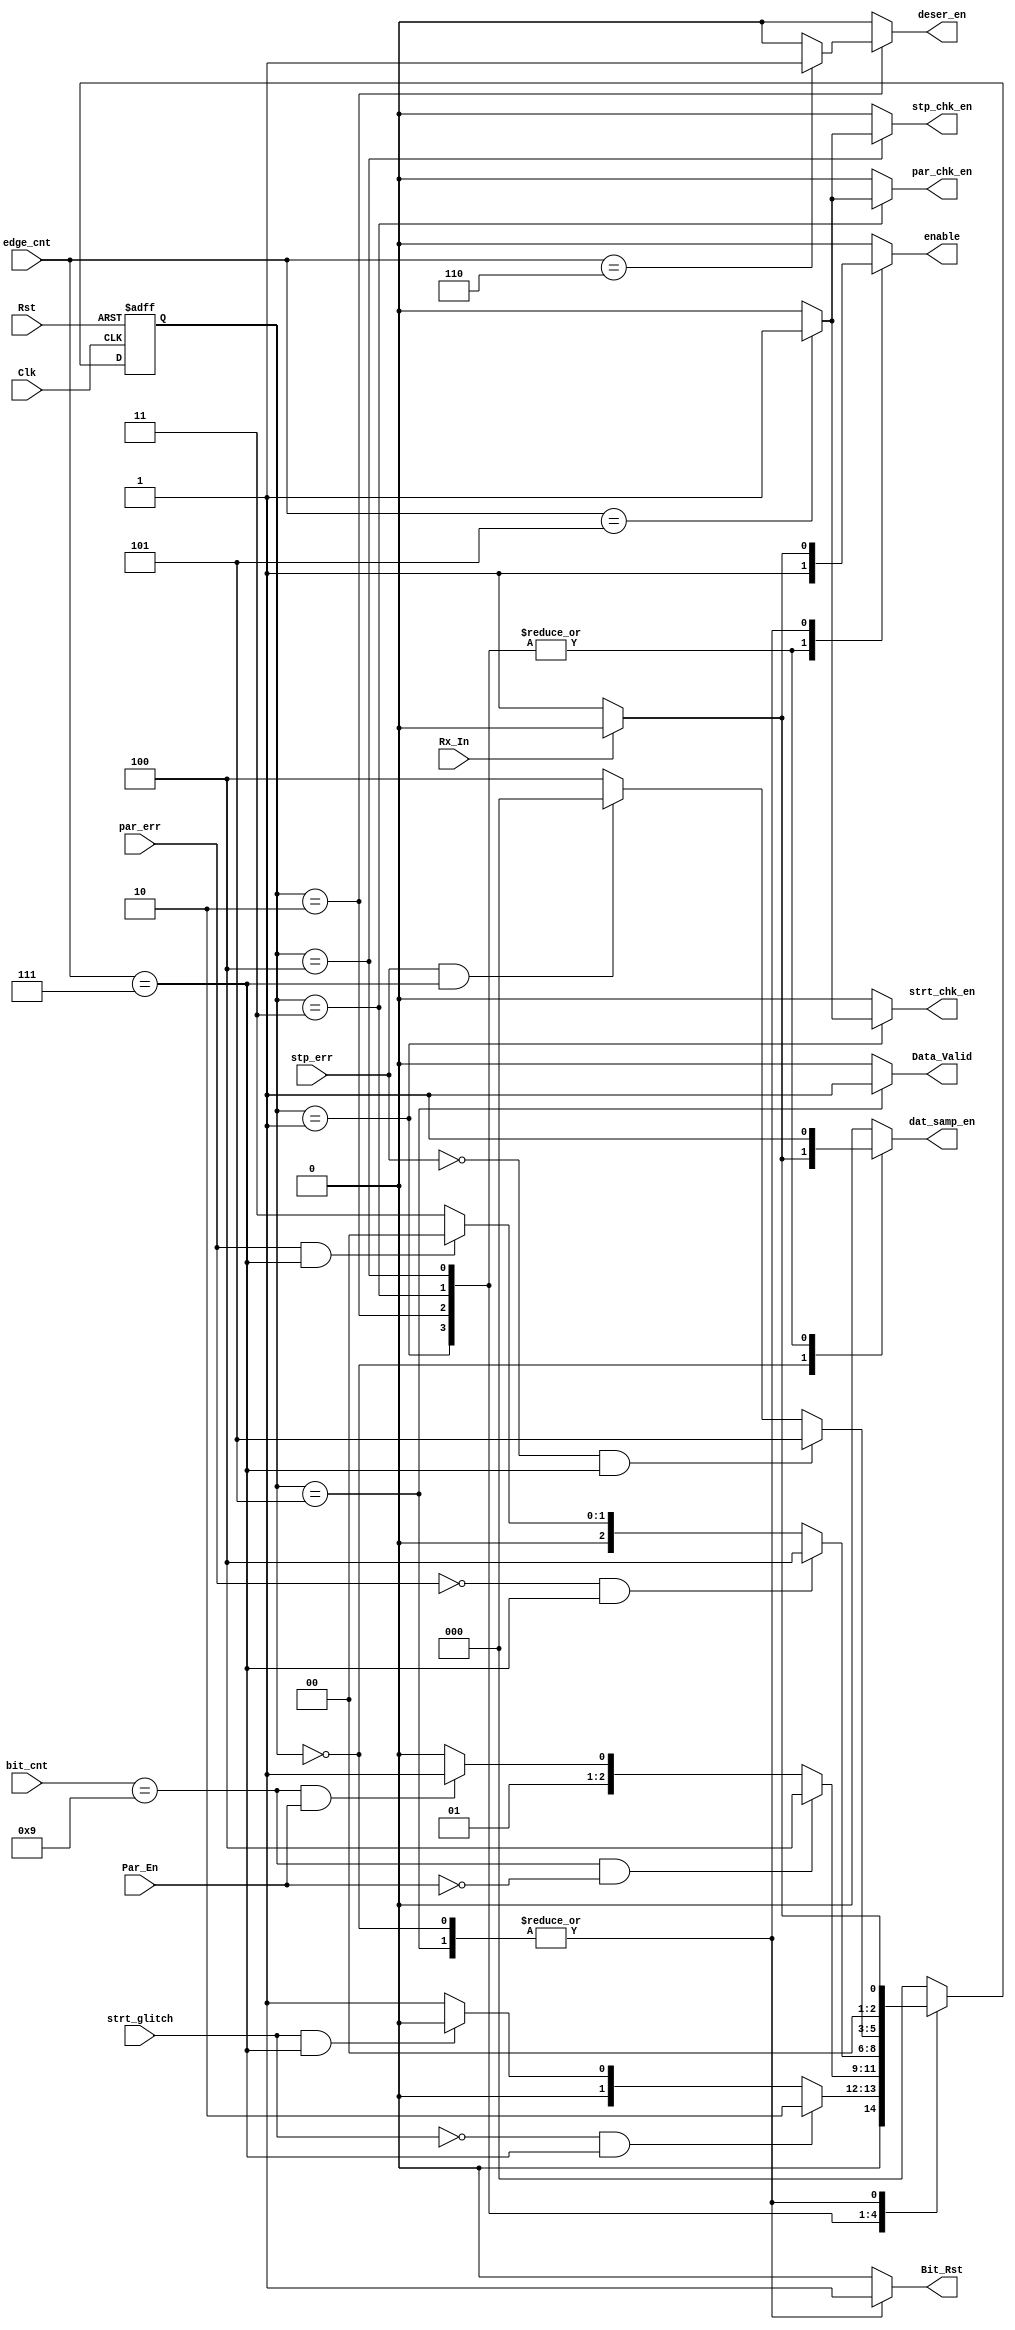
module FSM (
input  wire Clk,
input  wire Rst, 
input  wire Rx_In,
input  wire [2:0] edge_cnt,
input  wire [3:0] bit_cnt,
input  wire stp_err,
input  wire strt_glitch,
input  wire par_err,
input  wire Par_En,
output reg  dat_samp_en,
output reg  enable,
output reg  Bit_Rst,
output reg  deser_en,
output reg  Data_Valid,
output reg  stp_chk_en,
output reg  strt_chk_en,
output reg  par_chk_en
);

localparam IDLE       = 3'b000;
localparam Start      = 3'b001;
localparam Data       = 3'b010;
localparam Parity     = 3'b011;
localparam Stop       = 3'b100;
localparam Valid_Data = 3'b101;

reg [2:0] state , next_state;

always @ (posedge Clk or negedge Rst)
    begin
        if (!Rst)
            state <= IDLE;
        else 
            state <= next_state;
    end 

always @ (*)
    begin
        case (state)    
            IDLE  :     begin
                            if (Rx_In == 0)
                                next_state = Start;
                            else 
                                next_state = IDLE;
                        end
            Start  :    begin
                            if (strt_glitch == 1'b0 && edge_cnt==3'd7)
                                next_state = Data;
                            else if (strt_glitch == 1'b1 && edge_cnt==3'd7)
                                next_state = IDLE;
                            else 
                                next_state = Start;
                        end
            Data   :    begin
                            if (bit_cnt == 4'd9 && Par_En ==0)
                                next_state = Stop;
                            else if (bit_cnt == 4'd9 && Par_En ==1)
                                next_state = Parity;
                            else 
                                next_state = Data;
                        end
            Parity :    begin
                            if (par_err == 1'b0 && edge_cnt==3'd7)
                                next_state = Stop;
                            else if (par_err == 1'b1 && edge_cnt==3'd7)
                                next_state = IDLE;
                            else 
                                next_state = Parity;
                        end
            Stop   :    begin
                            if (stp_err == 1'b0 && edge_cnt==3'd7)
                                next_state = Valid_Data;
                            else if (stp_err == 1'b1 && edge_cnt==3'd7)
                                next_state = IDLE;
                            else 
                                next_state = Stop;
                        end
            Valid_Data:begin
                            if (Rx_In == 1'b0)
                                next_state = Start ;
                            else 
                                next_state = IDLE;
                       end
            default:begin
                            next_state = IDLE;
                    end
        endcase
    end

always @ (*)
    begin
        dat_samp_en = 1'b0;
        enable      = 1'b0;
        Bit_Rst     = 1'b0;
        deser_en    = 1'b0;
        Data_Valid  = 1'b0;
        stp_chk_en  = 1'b0;
        strt_chk_en = 1'b0;
        par_chk_en  = 1'b0;
        case (state)
            IDLE :      begin
                            if (Rx_In == 0)
                                begin
                                    dat_samp_en = 1'b1;
                                    enable      = 1'b1;  
                                    Bit_Rst     = 1'b1;
                                end
                            else
                                begin
                                    dat_samp_en = 1'b0;
                                    enable      = 1'b0;  
                                    Bit_Rst     = 1'b1;
                                end
                        end
            Start  :    begin
                            dat_samp_en = 1'b1;
                            enable      = 1'b1;
                            Bit_Rst     = 1'b0;
                            if (edge_cnt == 3'd5 )
                                strt_chk_en = 1'b1 ;
                            else 
                                strt_chk_en = 1'b0 ;
                        end
            Data   :    begin
                            dat_samp_en = 1'b1;
                            enable      = 1'b1;
                            if (edge_cnt == 3'd6 )
                                deser_en = 1'b1 ;
                            else 
                                deser_en = 1'b0 ;
                        end
            Parity :    begin
                            dat_samp_en = 1'b1;
                            enable      = 1'b1;
                            if (edge_cnt == 3'd5 )
                                par_chk_en  = 1'b1 ;
                            else 
                                par_chk_en  = 1'b0 ;
                        end
            Stop   :    begin
                            dat_samp_en = 1'b1;
                            enable      = 1'b1;
                            if (edge_cnt == 3'd5 )
                                stp_chk_en  = 1'b1 ;
                            else 
                                stp_chk_en  = 1'b0 ;
                        end
            Valid_Data: begin
                            dat_samp_en = 1'b0;
                            Data_Valid  = 1'b1;
                            if (Rx_In == 1'b0)
                                begin
                                    enable      = 1'b1;
                                    Bit_Rst     = 1'b1;
                                end
                            else
                                begin
                                    enable      = 1'b0;
                                    Bit_Rst     = 1'b1;
                                end
                        end
            default   : begin
                            dat_samp_en = 1'b0;
                            enable      = 1'b0;
                            deser_en    = 1'b0;
                            Data_Valid  = 1'b0;
                            stp_chk_en  = 1'b0;
                            strt_chk_en = 1'b0;
                            par_chk_en  = 1'b0;
                        end
        endcase  
    end

endmodule